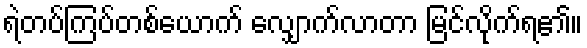
ရဲတပ်ကြပ်တစ်ယောက် လျှောက်လာတာ မြင်လိုက်ရ၏။